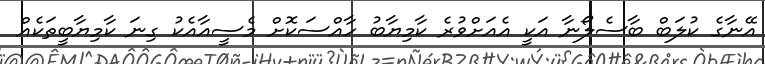
އޭނާގެ ކުލަބް ބާސެލޯނާ އަކީ އެއަށްވުރެ ކާމިޔާބު ހާއްސަކޮށް މެސީއާއެކު ގިނަ ކާމިޔާބީތަކެއް